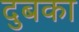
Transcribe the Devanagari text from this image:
दुबका